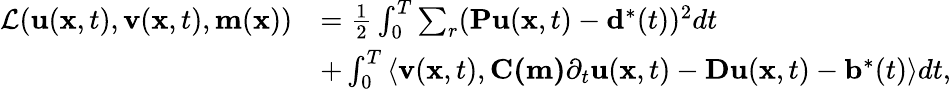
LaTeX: \begin{array}{rl}{\mathcal{L}(\mathbf{u}(\mathbf{x},t),\mathbf{v}(\mathbf{x},t),\mathbf{m}(\mathbf{x}))}&{=\frac{1}{2}\int_{0}^{T}\sum_{r}(\mathbf{Pu}(\mathbf{x},t)-\mathbf{d}^{*}(t))^{2}dt}\\ &{+\int_{0}^{T}\left\langle\mathbf{v}(\mathbf{x},t),\mathbf{C(m)}\partial_{t}\mathbf{u}(\mathbf{x},t)-\mathbf{Du}(\mathbf{x},t)-\mathbf{b}^{*}(t)\right\rangle dt,}\end{array}